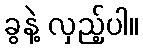
ခွနဲ့ လှည့်ပါ။